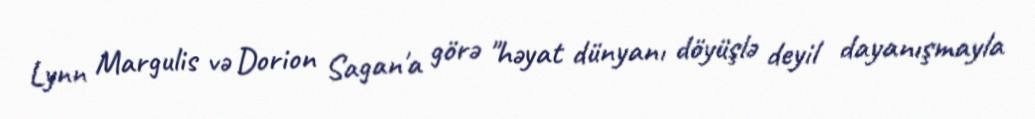
Lynn Margulis və Dorion Sagan'a görə "həyat dünyanı döyüşlə deyil dayanışmayla